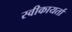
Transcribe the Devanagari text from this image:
स्वीकायर्ता